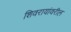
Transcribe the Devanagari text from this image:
शिवरायांवरील